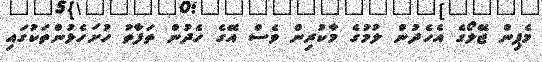
މެޕިން ޖޭލޯގެ އެހެދުން ލުމުގެ މާކުރިން ވެސް އޭގެ ހެދުން ތަފާތު ހުށަހެޅުންތަކުގައި